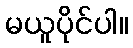
မယူပိုင်ပါ။